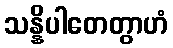
သန္နိပါတေတွာဟံ